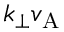
k _ { \perp } v _ { \mathrm { A } }